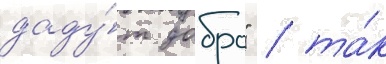
даду́т добро" / та́к